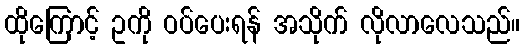
ထိုကြောင့် ဥကို ဝပ်ပေးရန် အသိုက် လိုလာလေသည်။